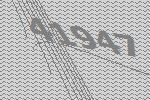
41947